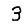
Digit: 3